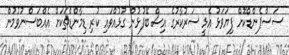
ސަސްޕެންޑްކޮށް ފިޔަވަޅު އެޅީ ސަރުކާރުގެ އިސް ބޭފުޅުން ގުޅުއްވައި ކުރި ޑިމާންޑްތަކަށް އެއްބަސްނުވުމުން